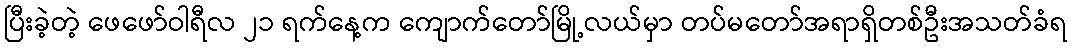
ပြီးခဲ့တဲ့ ဖေဖော်ဝါရီလ ၂၁ ရက်နေ့က ကျောက်တော်မြို့လယ်မှာ တပ်မတော်အရာရှိတစ်ဦးအသတ်ခံရ